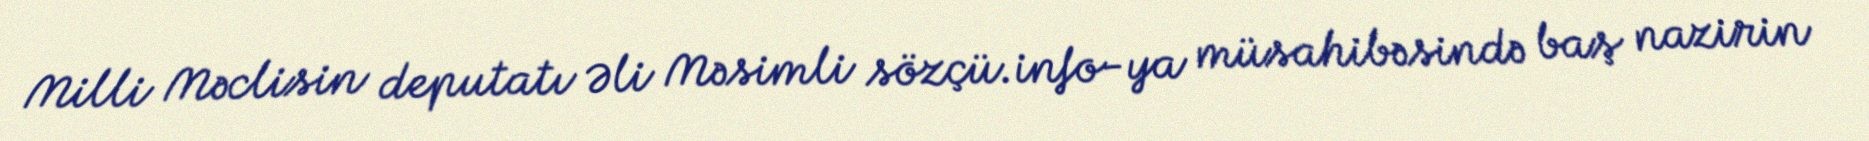
Milli Məclisin deputatı Əli Məsimli sözçü.info-ya müsahibəsində baş nazirin